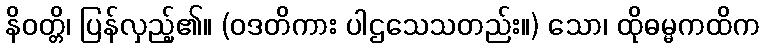
နိဝတ္တိ၊ ပြန်လှည့်၏။ (ဝဒတိကား ပါဌသေသတည်း။) သော၊ ထိုဓမ္မကထိက